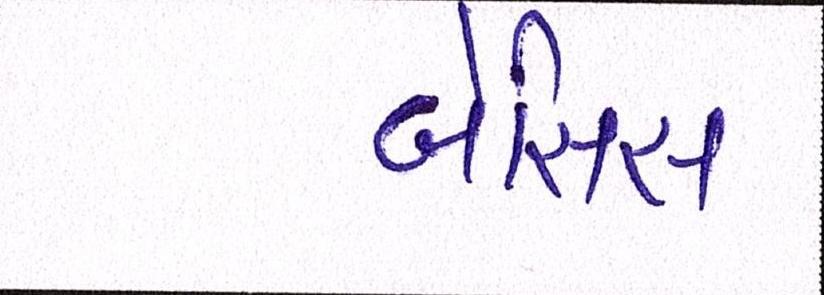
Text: બેસિસ